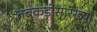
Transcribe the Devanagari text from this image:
तबकडीसारख्या